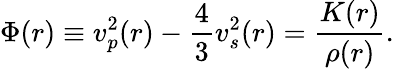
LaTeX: \Phi(r)\equiv v_{p}^{2}(r)-{\frac{4}{3}}v_{s}^{2}(r)={\frac{K(r)}{\rho(r)}}.